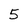
Character: 5